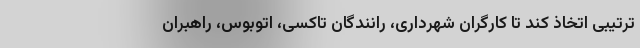
ترتیبی اتخاذ کند تا کارگران شهرداری، رانندگان تاکسی، اتوبوس، راهبران